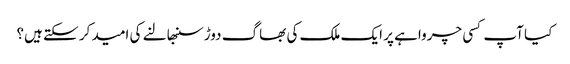
کیا آپ کسی چرواہے پر ایک ملک کی بھاگ دوڑ سنبھالنے کی امید کر سکتے ہیں؟